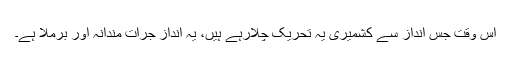
اس وقت جس انداز سے کشمیری یہ تحریک چلارہے ہیں، یہ انداز جرأت مندانہ اور برملا ہے۔